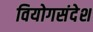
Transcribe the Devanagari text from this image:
वियोगसंदेश